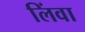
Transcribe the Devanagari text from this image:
लिंवा